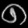
Digit: ၈